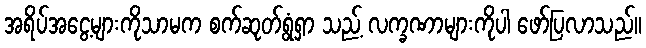
အရိပ်အငွေ့များကိုသာမက စက်ဆုတ်ရွံရှာ သည့် လက္ခဏာများကိုပါ ဖော်ပြလာသည်။